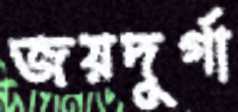
জয়দুর্গা